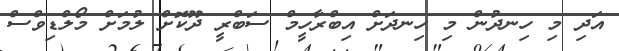
އަދި މި ހިނދުން މި ހިނދަށް އިބްރާހީމް ސަބްރީ ދޫކޮށް ލުމަށް މޯލްޑިވްސް